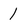
Character: 1